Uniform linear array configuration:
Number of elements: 24
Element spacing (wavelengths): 0.25
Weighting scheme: kaiser
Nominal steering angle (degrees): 30
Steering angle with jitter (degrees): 29.943
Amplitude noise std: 0.05
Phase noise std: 0.05

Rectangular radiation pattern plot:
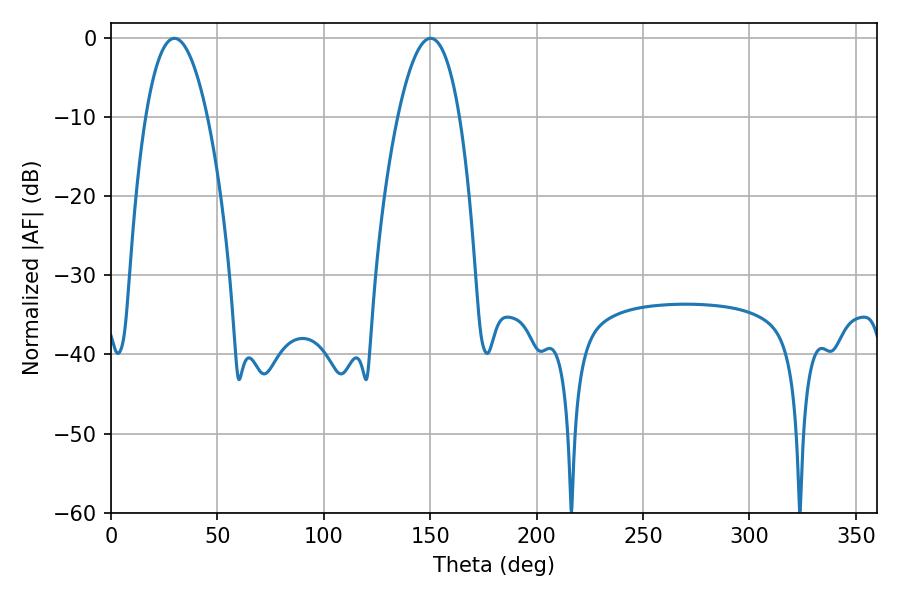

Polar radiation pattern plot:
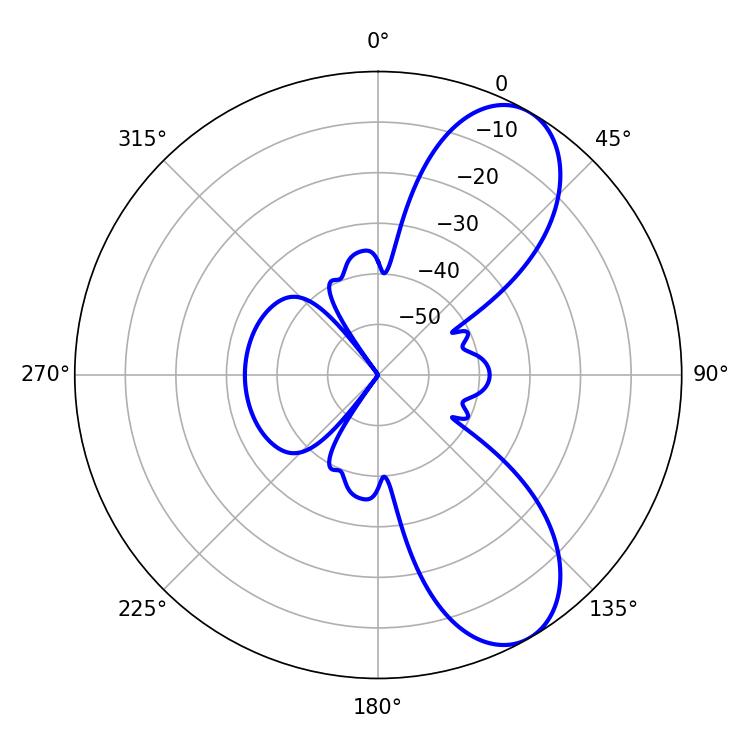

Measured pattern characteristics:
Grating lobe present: FALSE
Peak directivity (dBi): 8.236
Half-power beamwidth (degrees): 16.02
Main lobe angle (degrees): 29.88